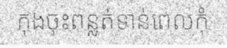
កុងចុះពន្លត់ទាន់ពេលកុំ